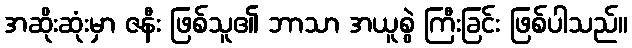
အဆိုးဆုံးမှာ ဇနီး ဖြစ်သူ၏ ဘာသာ အယူစွဲ ကြီးခြင်း ဖြစ်ပါသည်။